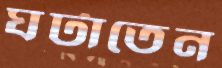
ঘটাতেন